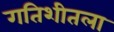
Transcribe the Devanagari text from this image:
गतिशीतला